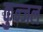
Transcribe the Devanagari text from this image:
कुन्जल